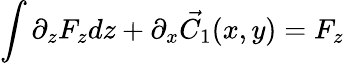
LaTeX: \int\partial_{z}F_{z}dz+\partial_{x}{\vec{C_{1}}}(x,y)=F_{z}